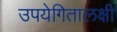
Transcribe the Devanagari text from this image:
उपयेगितालक्षी